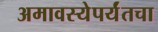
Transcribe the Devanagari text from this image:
अमावस्येपर्यंतचा